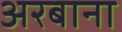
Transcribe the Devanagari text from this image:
अरबाना